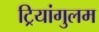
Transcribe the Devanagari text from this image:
ट्रियांगुलम